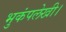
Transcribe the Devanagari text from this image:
भुकंपलेखी।